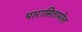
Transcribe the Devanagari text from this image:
पारासितामोल